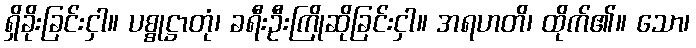
ရှိခိုးခြင်းငှါ။ ပစ္စုဋ္ဌာတုံ၊ ခရီးဦးကြိုဆိုခြင်းငှါ။ အရဟတိ၊ ထိုက်၏။ သော၊